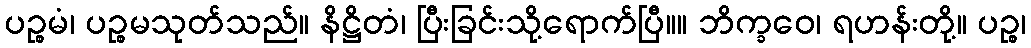
ပဉ္စမံ၊ ပဉ္စမသုတ်သည်။ နိဋ္ဌိတံ၊ ပြီးခြင်းသို့ရောက်ပြီ။။ ဘိက္ခဝေ၊ ရဟန်းတို့။ ပဉ္စ၊